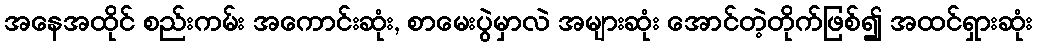
အနေအထိုင် စည်းကမ်း အကောင်းဆုံး, စာမေးပွဲမှာလဲ အများဆုံး အောင်တဲ့တိုက်ဖြစ်၍ အထင်ရှားဆုံး